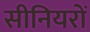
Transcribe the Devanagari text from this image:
सीनियरों